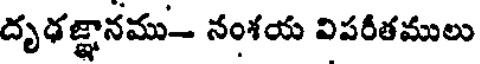
దృఢజ్ఞానము- నంశయ విపరీతములు